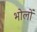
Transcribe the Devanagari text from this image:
भोलों